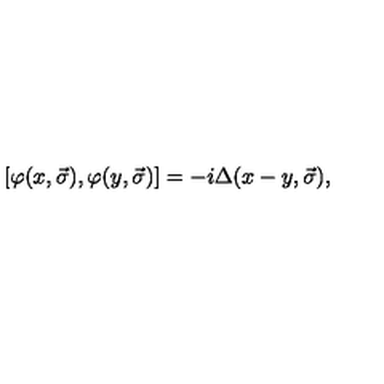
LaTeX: \left[ \varphi ( x , \vec { \sigma } ) , \varphi ( y , \vec { \sigma } ) \right] = - i \Delta ( x - y , \vec { \sigma } ) ,